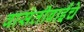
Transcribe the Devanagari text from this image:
वासंतीबाईंचे